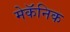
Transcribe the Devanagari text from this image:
मेकॅनिक